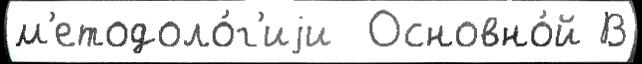
м'етодоло́г'иjи  Основно́й В